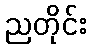
ညတိုင်း